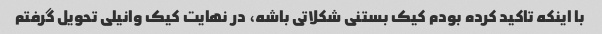
با اینکه تاکید کرده بودم کیک بستنی شکلاتی باشه، در نهایت کیک وانیلی تحویل گرفتم